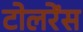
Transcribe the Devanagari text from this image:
टोलरेंस